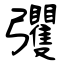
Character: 彏